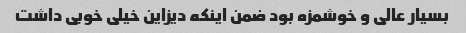
بسیار عالی و خوشمزه بود ضمن اینکه دیزاین خیلی خوبی داشت